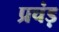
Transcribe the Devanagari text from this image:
प्रचंड़